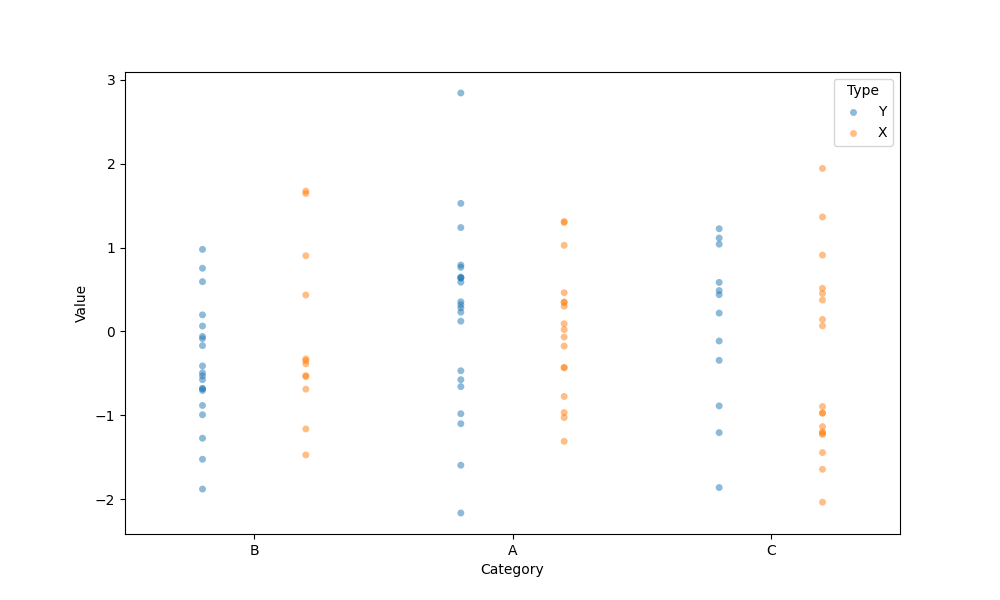
python, seaborn, stripplot, jitter=False, dodge=True, alpha=0.5, size=5